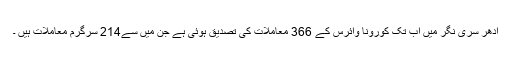
اُدھر سری نگر میں اب تک کورونا وائرس کے 366 معاملات کی تصدیق ہوئی ہے جن میں سے214 سرگرم معاملات ہیں ۔